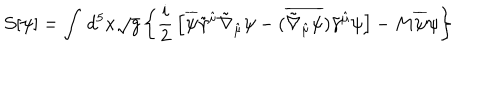
LaTeX: { \cal S } [ \psi ] = \int \, d ^ { 5 } x \sqrt { g } \left\{ \frac { i } { 2 } \, \left[ \overline { { { \psi } } } \tilde { \gamma } ^ { \hat { \mu } } \tilde { \nabla } _ { \hat { \mu } } \psi - ( \overline { { { \tilde { \nabla } _ { \hat { \mu } } \psi } } } ) \tilde { \gamma } ^ { \hat { \mu } } \psi \right] - M \overline { { { \psi } } } \psi \right\}